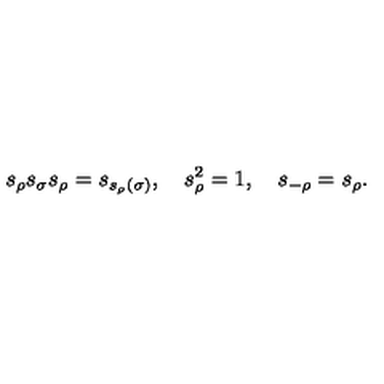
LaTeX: { s } _ { \rho } { s } _ { \sigma } { s } _ { \rho } = { s } _ { s _ { \rho } ( \sigma ) } , \quad { s } _ { \rho } ^ { 2 } = 1 , \quad { s } _ { - \rho } = { s } _ { \rho } .